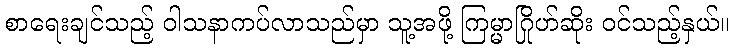
စာရေးချင်သည့် ဝါသနာကပ်လာသည်မှာ သူ့အဖို့ ကြမ္မာဂြိုဟ်ဆိုး ဝင်သည့်နှယ်။